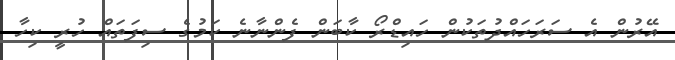
އޭރުން އެ ސަރަހައްދުތަކުން ހައިޑްރޯ ކާބަން ފެންނާނެ ކަމުގެ ސިފަތައް ހުރީ ކިހާ